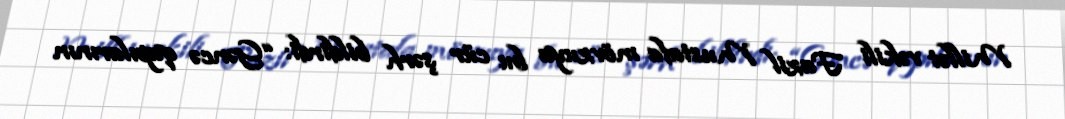
Millət vəkili Fazil Mustafa mövzuya bu cür şərh bildirdi: “Gəncə qapılarının